Indian journal of veterinary science and animal husbandry - Volume 2,
Year: 1932
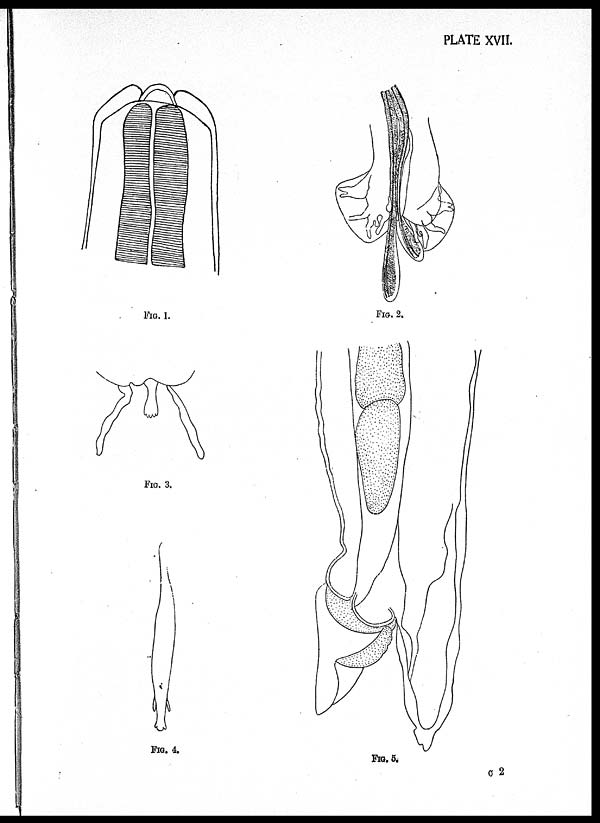
PLATE XVII.
FIG.1.
FIG.2.
FIG.3.
FIG.4.
FIG.5.
C 2